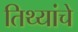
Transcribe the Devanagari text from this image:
तिथ्यांचे